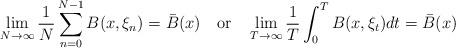
LaTeX: \begin{align*} \lim_{N\to\infty}\frac 1N\sum_{n=0}^{N-1}B(x,\xi_n)=\bar B(x)\quad\mbox{or} \quad\lim_{T\to\infty}\frac 1T\int_0^TB(x,\xi_t)dt=\bar B(x) \end{align*}